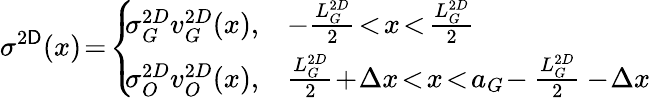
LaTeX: \sigma^{2\mathsf{D}}(x)\! =\! \left\{ \! \! \begin{array}{ll}{\sigma_{G}^{2D}v_{G}^{2D}(x),}&{-\frac{L_{G}^{2D}}{2}\! <\! x\! <\! \frac{L_{G}^{2D}}{2}}\\ {\sigma_{O}^{2D}v_{O}^{2D}(x),}&{\frac{L_{G}^{2D}}{2}\! +\! \Delta x\! <\! x\! <\! a_{G}\! -\frac{L_{G}^{2D}}{2}-\! \Delta x}\end{array}\right.